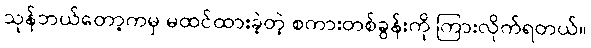
သုန်ဘယ်တော့ကမှ မထင်ထားခဲ့တဲ့ စကားတစ်ခွန်းကို ကြားလိုက်ရတယ်။